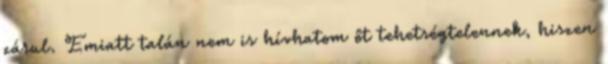
zárul. Emiatt talán nem is hívhatom őt tehetségtelennek, hiszen